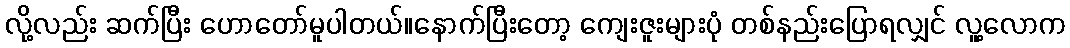
လို့လည်း ဆက်ပြီး ဟောတော်မူပါတယ်။နောက်ပြီးတော့ ကျေးဇူးများပုံ တစ်နည်းပြောရလျှင် လူ့လောက